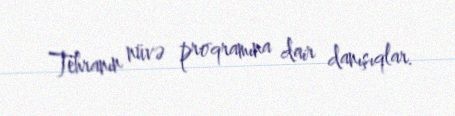
Tehranın nüvə proqramına dair danışıqlar.